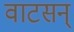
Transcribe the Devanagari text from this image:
वाटसन्